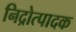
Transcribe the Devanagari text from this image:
निद्रोत्पादक